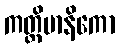
ကတ္ထိမာနိကော